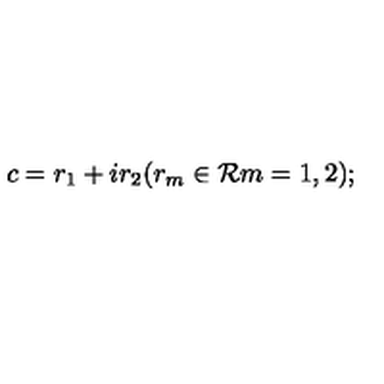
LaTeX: c = r _ { 1 } + i r _ { 2 } ( r _ { m } \in { \cal R } m = 1 , 2 ) ;